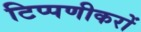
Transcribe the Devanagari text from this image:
टिप्पणीकरों